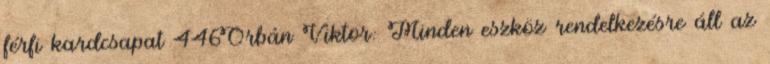
férfi kardcsapat 446Orbán Viktor: Minden eszköz rendelkezésre áll az